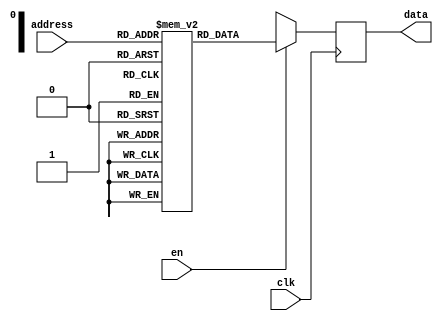
// Code your design here
module rom (
  input clk, 
  input en, 
  input [3:0] address, 
  output reg [3:0] data 
);
  
  reg [3:0] memory [15:0];
  
  initial //Initially storing values to each memeory locations
    begin    
      memory[0] = 4'b0010;
      memory[1] = 4'b0010;
      memory[2] = 4'b1110;
      memory[3] = 4'b0010;
      memory[4] = 4'b0100;
      memory[5] = 4'b1010;
      memory[6] = 4'b1100;
      memory[7] = 4'b0000;
      memory[8] = 4'b1010;
      memory[9] = 4'b0010;
      memory[10] = 4'b1110;
      memory[11] = 4'b0010;
      memory[12] = 4'b0100;
      memory[13] = 4'b1010;
      memory[14] = 4'b1100;
      memory[15] = 4'b0000;
    end    
  
  always @ (posedge clk) 
    begin
      if (en)
        data <= memory[address];
      else 
        data <= 4'bxxxx;
    end
endmodule